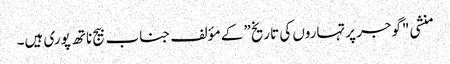
منشی "گوجر پرتہاروں کی تاریخ” کے مؤلف جناب بیج ناتھ پوری ہیں۔